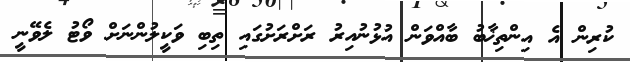
ކުރިން އެ އިންތިޚާބު ބާއްވަން އުޅުނުއިރު ރަށްރަށުގައި ތިބި ވަކީލުންނަށް ވޯޓު ލެވޭނީ